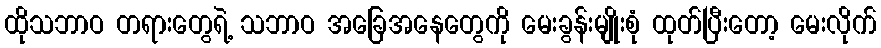
ထိုသဘာဝ တရားတွေရဲ့ သဘာဝ အခြေအနေတွေကို မေးခွန်းမျိုးစုံ ထုတ်ပြီးတော့ မေးလိုက်